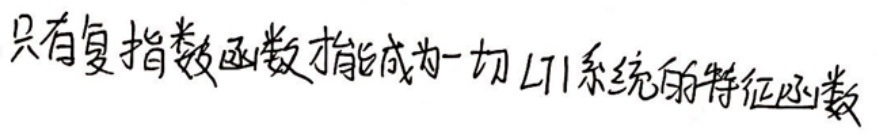
只有复指数函数才能成为一切LTI系统的特征函数